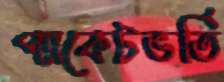
প্যাকেটভর্তি